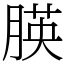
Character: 朠